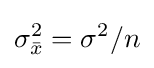
\sigma _{\bar {x}}^{2}=\sigma ^{2}/n